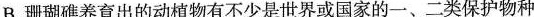
B.珊瑚礁养育出的动植物有不少是世界或国家的一、二类保护物种